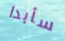
سأبدا